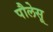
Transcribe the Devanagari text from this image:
पौलेसू